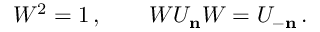
W ^ { 2 } = 1 \, , \qquad W U _ { \bf n } W = U _ { - \bf n } \, .